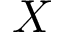
X